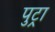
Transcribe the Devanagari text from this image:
पुट्रा